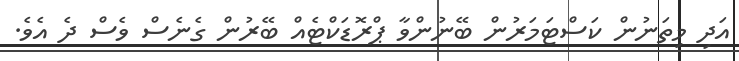
އަދި މިތަނުން ކަސްޓަމަރުން ބޭނުންވާ ޕްރޮޑަކްޓެއް ބޭރުން ގެނެސް ވެސް ދެ އެވެ.